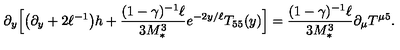
\partial _ { y } \Big [ \big ( \partial _ { y } + 2 \ell ^ { - 1 } \big ) h + \frac { ( 1 - \gamma ) ^ { - 1 } \ell } { 3 M _ { * } ^ { 3 } } e ^ { - 2 y / \ell } T _ { 5 5 } ( y ) \Big ] = \frac { ( 1 - \gamma ) ^ { - 1 } \ell } { 3 M _ { * } ^ { 3 } } \partial _ { \mu } T ^ { \mu 5 } .